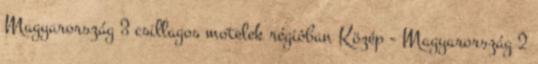
Magyarország 3 csillagos motelek régióban Közép - Magyarország 2